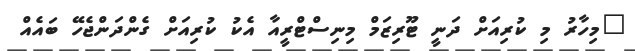
"މިހާރު މި ކުރިއަށް ދަނީ ޓޫރިޒަމް މިނިސްޓްރީއާ އެކު ކުރިއަށް ގެންދަންޖެހޭ ބައެއް